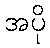
အပို